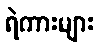
ရဲကားများ